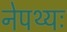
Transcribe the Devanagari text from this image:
नेपथ्यः